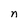
Character: n